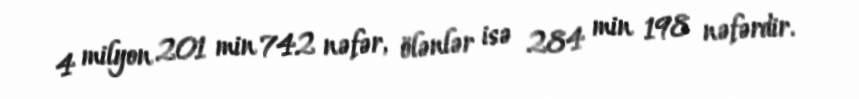
4 milyon 201 min 742 nəfər, ölənlər isə 284 min 198 nəfərdir.